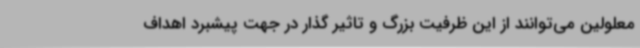
معلولین می‌توانند از این ظرفیت بزرگ و تاثیر گذار در جهت پیشبرد اهداف